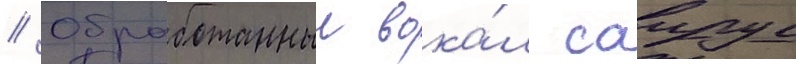
// Обработанныи вока́л саирус